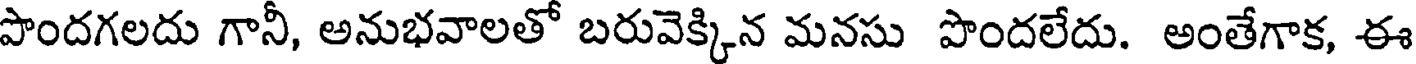
పొందగలదు గానీ, అనుభవాలతో బరువెక్కిన మనసు పొందలేదు. అంతేగాక, ఈ